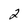
Character: 2